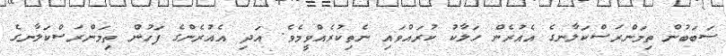
ސަބަބުން ތިމަންރަސްކަލާނގެ އެއުރެން ހަލާކު ކުރައްވައި ނެތިކުރެއްވީމެވެ. އަދި އެއުރެންގެ ފަހުން ތިމަންރަސްކަލާނގެ